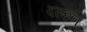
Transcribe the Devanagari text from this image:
दल्हण